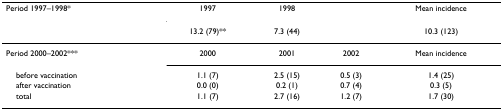
<table><thead><tr><td><b>Period 1997–1998*</b></td><td><b>1997</b></td><td><b>1998</b></td><td></td><td><b>Mean incidence</b></td></tr><tr><td></td><td><b>13.2 (79)**</b></td><td><b>7.3 (44)</b></td><td></td><td><b>10.3 (123)</b></td></tr></thead><tbody><tr><td>Period 2000–2002***</td><td>2000</td><td>2001</td><td>2002</td><td>Mean incidence</td></tr><tr><td> before vaccination</td><td>1.1 (7)</td><td>2.5 (15)</td><td>0.5 (3)</td><td>1.4 (25)</td></tr><tr><td> after vaccination</td><td>0.0 (0)</td><td>0.2 (1)</td><td>0.7 (4)</td><td>0.3 (5)</td></tr><tr><td> total</td><td>1.1 (7)</td><td>2.7 (16)</td><td>1.2 (7)</td><td>1.7 (30)</td></tr></tbody></table>